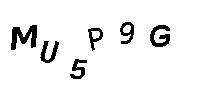
MU5P9G